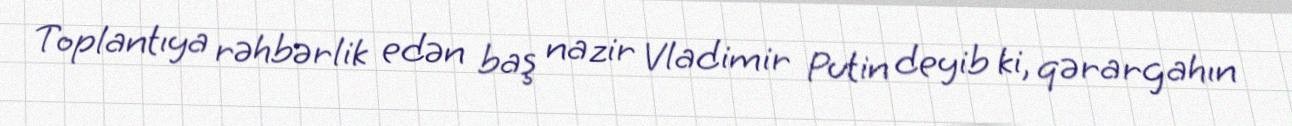
Toplantıya rəhbərlik edən baş nazir Vladimir Putin deyib ki, qərargahın